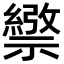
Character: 𥜄